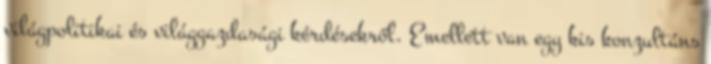
világpolitikai és világgazdasági kérdésekről. Emellett van egy kis konzultáns